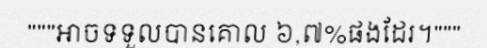
"""អាចទទួលបានគោល ៦,៧%ផងដែរ។"""